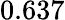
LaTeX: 0.637